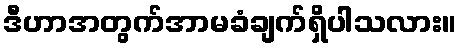
ဒီဟာအတွက်အာမခံချက်ရှိပါသလား။